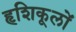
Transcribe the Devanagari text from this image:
हृशिकूलों